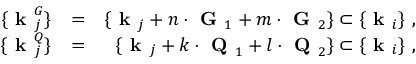
\begin{array} { r l r } { \{ \textbf { k } _ { j } ^ { G } \} } & { = } & { \{ \textbf { k } _ { j } + n \cdot \textbf { G } _ { 1 } + m \cdot \textbf { G } _ { 2 } \} \subset \{ \textbf { k } _ { i } \} ~ , } \\ { \{ \textbf { k } _ { j } ^ { Q } \} } & { = } & { \{ \textbf { k } _ { j } + k \cdot \textbf { Q } _ { 1 } + l \cdot \textbf { Q } _ { 2 } \} \subset \{ \textbf { k } _ { i } \} ~ , } \end{array}